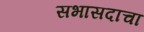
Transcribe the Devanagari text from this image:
सभासदाचा